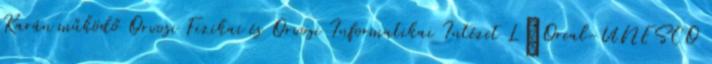
Karán működő Orvosi Fizikai és Orvosi Informatikai Intézet L’Oreal-UNESCO